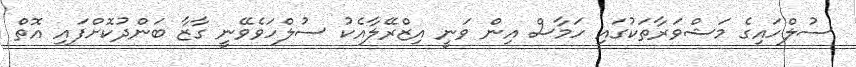
ސުލްހައިގެ މަޝްވަރާތަކުގައި ހަމާސް އިން ވަނީ އިޒްރޭލާއެކު ސުލްހަވެވޭނީ ގާޒާ ބަންދުކޮށްފައި އޮތް